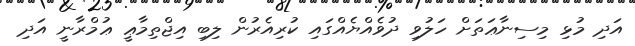
އަދި މުޅި މިސިނާޢަތަށް ހަލުވި ދުވެއްޔެއްގައި ކުރިއެރުން ލިބި އިޖްތިމާޢީ ޢުމްރާނީ އަދި